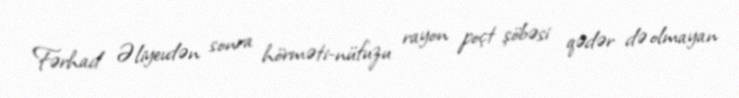
Fərhad Əliyevdən sonra hörməti-nüfuzu rayon poçt şöbəsi qədər də olmayan